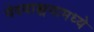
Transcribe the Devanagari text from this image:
वेदवाङ्मयामध्ये